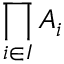
\prod _ { i \in I } A _ { i }